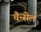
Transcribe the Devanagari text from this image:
चैन्सेल